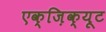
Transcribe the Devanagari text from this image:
एक्ज़िक्यूट